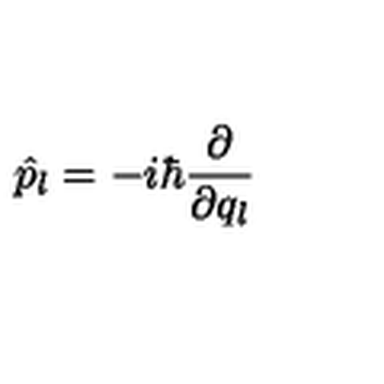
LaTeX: \hat { p } _ { l } = - i \hbar \frac { \partial } { \partial q _ { l } }